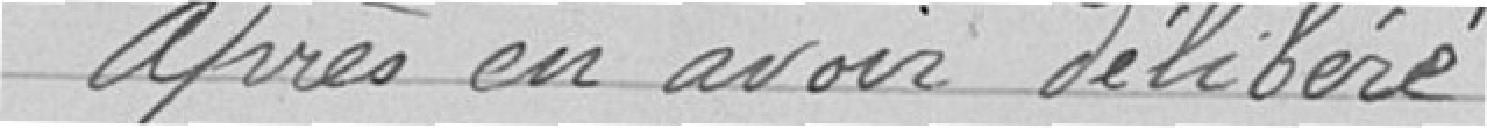
Après en avoir délibéré,